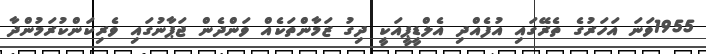
1955ވަނަ އަހަރުގެ ތެރޭގައި އުފެއްދި އެލްޑީޕީއަކީ ދިގު ޒަމާންތަކެއް ވަންދެން ޖަޕާނުގައި ވެރިކަންކުރަމުންދާ